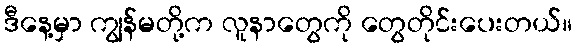
ဒီနေ့မှာ ကျွန်မတို့က လူနာတွေကို တွေတိုင်းပေးတယ်။